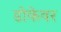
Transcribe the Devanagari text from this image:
डोकेवर